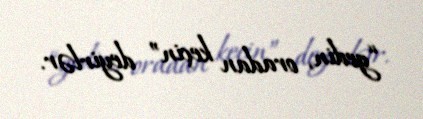
“gedin, oradan keçin” deyirlər.